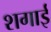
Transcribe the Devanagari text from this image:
शगाई